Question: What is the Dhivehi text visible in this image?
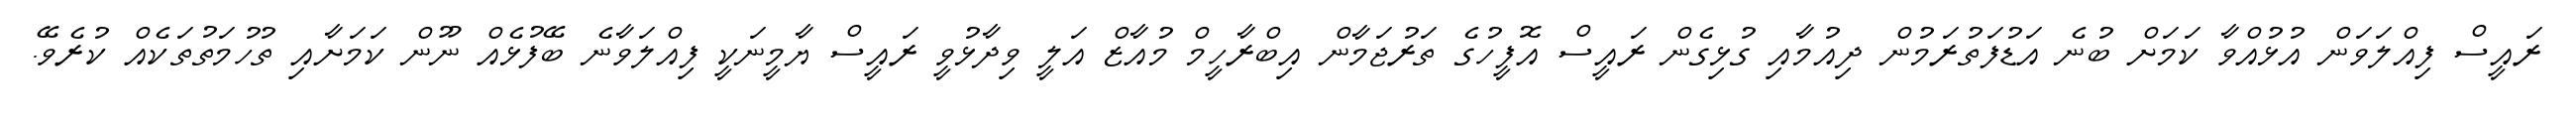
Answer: ރައީސް ފިއްލަވަން އުޅުއްވާ ކަމަށް ބުނެ އަޑުފަތުރަމުން ދިއުމާއި ގުޅިގެން ރައީސް އޮފީހުގެ ތަރުޖަމާން އިބްރާހީމް މުއާޒް އަލީ ވިދާޅުވީ ރައީސް ޔާމީނަކީ ފިއްލަވާނެ ބޭފުޅެއް ނޫން ކަމަށާއި ތުހުމަތުތަކެއް ކުރެވޭ.